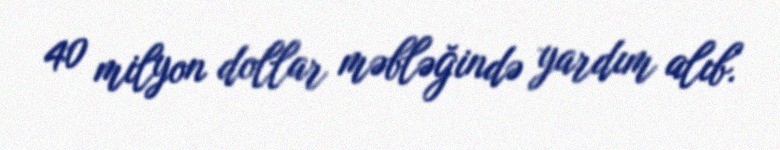
40 milyon dollar məbləğində yardım alıb.